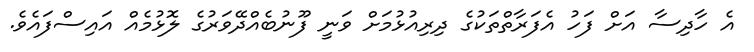
އެ ހާދިސާ އަށް ފަހު އެފަރާތްތަކުގެ ދިރިއުޅުމަށް ވަނީ ފޫނުބެއްދޭވަރުގެ ލޮޅުމެއް އައިސްފައެވެ.